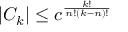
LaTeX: | C _ { k } | \leq c ^ { \frac { k ! } { n ! ( k - n ) ! } }